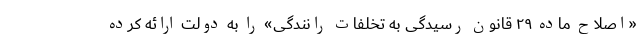
«اصلاح ماده ۲۹ قانون رسیدگی به تخلفات رانندگی» را به دولت ارائه کرده